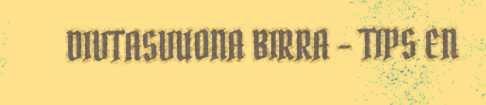
DIVTASVUONA BIRRA - TIPS EN